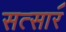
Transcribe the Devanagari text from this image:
सत्सार॔